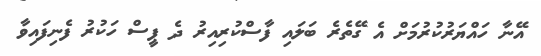
އޭނާ ހައްޔަރުކުރުމަށް އެ ގޭތެރެ ބަލައި ފާސްކުރިއިރު ދެ ޕީސް ހަކުރު ފެނިފައިވާ